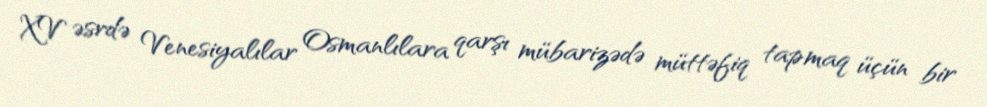
XV əsrdə Venesiyalılar Osmanlılara qarşı mübarizədə müttəfiq tapmaq üçün bir